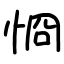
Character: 㤯